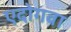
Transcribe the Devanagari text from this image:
एदोगवा